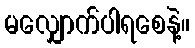
မလျှောက်ပါရစေနဲ့။